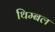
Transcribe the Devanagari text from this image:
थिम्बल